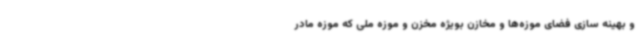
و بهینه سازی فضای موزه‌ها و مخازن بویژه مخزن و موزه ملی که موزه مادر